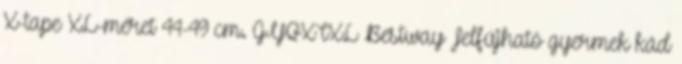
X-tape XL-méret 44-49 cm. GYQXTXL Bestway Felfújható gyermek kád